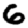
Digit: 6